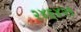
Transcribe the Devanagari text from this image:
२४६४२१